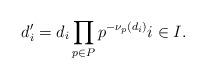
LaTeX: \begin{align*}d_i'=d_i\prod_{p\in P}p^{-\nu_p(d_i)}i\in I.\end{align*}